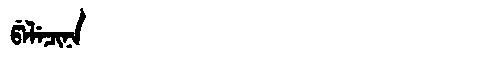
Manchu: ᡦᡝᠯᡝᠴᡳᠨᠠ
Romanization: PELECINA